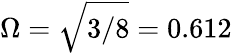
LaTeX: \Omega=\sqrt{3/8}=0.612